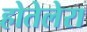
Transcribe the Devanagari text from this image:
होतेलेरा